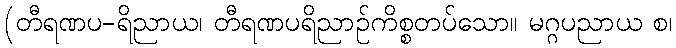
(တီရဏပ-ရိညာယ၊ တီရဏပရိညာဉ်ကိစ္စတပ်သော။ မဂ္ဂပညာယ စ၊